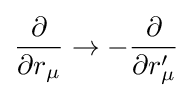
{\frac {\partial }{\partial r_{\mu }}}\rightarrow -{\frac {\partial }{\partial r'_{\mu }}}